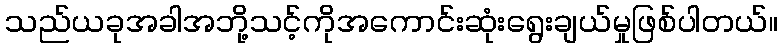
သည်ယခုအခါအဘို့သင့်ကိုအကောင်းဆုံးရွေးချယ်မှုဖြစ်ပါတယ်။